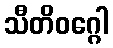
သီတိဝဂ္ဂေါ